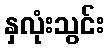
နှလုံးသွင်း